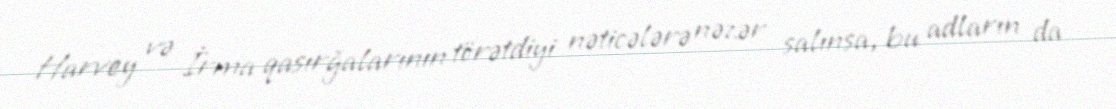
Harvey və İrma qasırğalarının törətdiyi nəticələrə nəzər salınsa, bu adların da